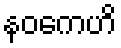
နဝကေဟိ